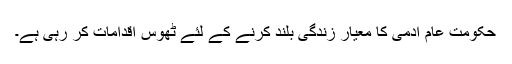
حکومت عام آدمی کا معیار زندگی بلند کرنے کے لئے ٹھوس اقدامات کر رہی ہے۔